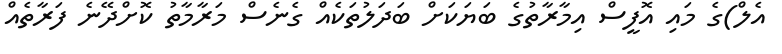
އެލް)ގެ މައި އޮފީސް އިމާރާތުގެ ބަޔަކަށް ބަދަލުތަކެއް ގެނެސް މަރާމާތު ކޮށްދޭނެ ފަރާތެއް